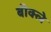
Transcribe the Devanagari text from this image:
बीक्ले